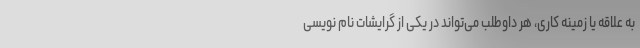
به علاقه یا زمینه کاری، هر داوطلب می‌تواند در یکی از گرایشات نام نویسی